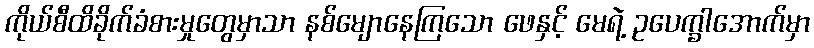
ကိုယ်စီထိခိုက်ခံစားမှုတွေမှာသာ နစ်မျောနေကြသော ဖေနှင့် မေရဲ့ ဥပေက္ခါအောက်မှာ